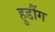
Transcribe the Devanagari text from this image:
हुडौंग